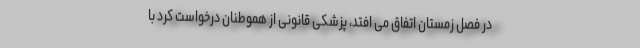
در فصل زمستان اتفاق می افتد، پزشکی قانونی از هموطنان درخواست کرد با